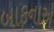
બાફનાએ